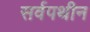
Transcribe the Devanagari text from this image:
सर्वपथीन